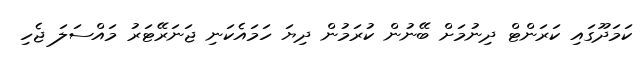
ކަމަދޫގައި ކަރަންޓް ދިނުމަށް ބޭނުން ކުރަމުން ދިޔަ ހަމައެކަނި ޖަނަރޭޓަރު މައްސަލަ ޖެހި